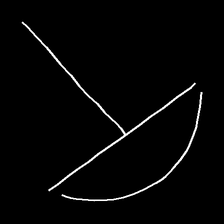
Glyph: dispersion